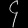
Digit: ၄